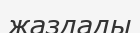
жаздады